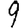
Digit: 9